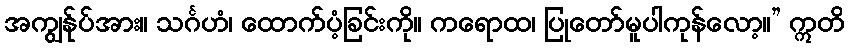
အကျွန်ုပ်အား။ သင်္ဂဟံ၊ ထောက်ပံ့ခြင်းကို။ ကရောထ၊ ပြုတော်မူပါကုန်လော့။” ဣတိ